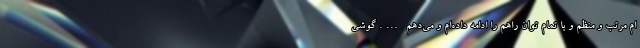
ام مرتب و منظم و با تمام توان راهم را ادامه داده‌ام و می‌دهم …. گوشی